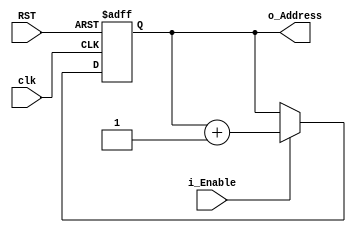
module Address_Gen_Logic #(
    parameter  ADDR_WIDTH='d5 
) (
    input  wire                   clk,
    input  wire                   RST,
    input  wire                   i_Enable,
    output reg  [ADDR_WIDTH:0]    o_Address
);

always @(posedge clk or negedge RST) begin
    if (!RST) begin
        o_Address<='b0;
    end else if(i_Enable) begin
        o_Address<=o_Address+1'b1;
    end
end
    
endmodule